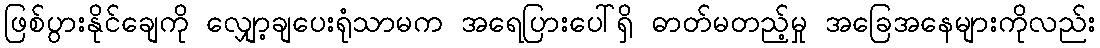
ဖြစ်ပွားနိုင်ချေကို လျှော့ချပေးရုံသာမက အရေပြားပေါ်ရှိ ဓာတ်မတည့်မှု အခြေအနေများကိုလည်း